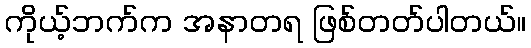
ကိုယ့်ဘက်က အနာတရ ဖြစ်တတ်ပါတယ်။